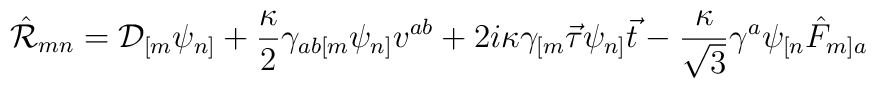
\hat{\cal R}_{mn}= {\cal D}_{[m}\psi_{n]}+\frac{\kappa}{2}\gamma_{ab[m}\psi_{n]}v^{ab}+2i\kappa\gamma_{[m}\vec{\tau}\psi_{n]}\vec{t}-\frac{\kappa}{\sqrt{3}}\gamma^a\psi_{[n}\hat{F}_{m]a}